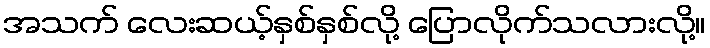
အသက် လေးဆယ့်နှစ်နှစ်လို့ ပြောလိုက်သလားလို့။